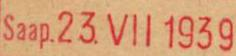
Saap.23.VII 1939